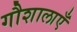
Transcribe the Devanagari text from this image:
गौशालाएँ